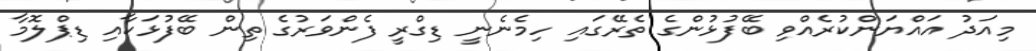
މިއަދު އައްޔަންކުރެއްވި ބޭފުޅުންގެ ތެރޭގައި ހިމެނެނީ ޑިގްރީ ފެންވަރުގެ ތިން ބޭފުޅަކާއި ޑިޕްލޮމާ